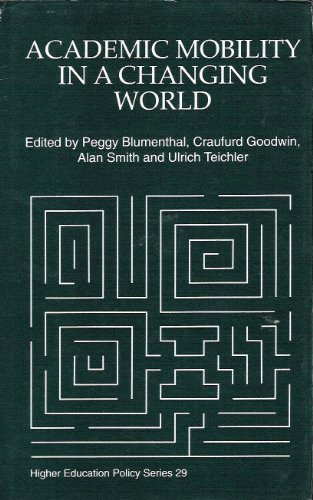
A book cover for Academic Mobility in a Changing World: Regional and Global Trends (Higher Education Policy, 29); Blumenthal; Travel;